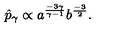
\hat { p } _ { \gamma } \propto a ^ { \frac { - 3 \gamma } { \gamma - 1 } } b ^ { \frac { - 3 } { 2 } } .